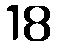
18